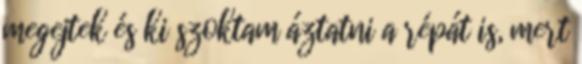
megejtek és ki szoktam áztatni a répát is, mert